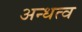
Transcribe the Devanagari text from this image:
अन्धत्व